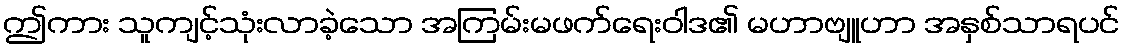
ဤကား သူကျင့်သုံးလာခဲ့သော အကြမ်းမဖက်ရေးဝါဒ၏ မဟာဗျူဟာ အနှစ်သာရပင်